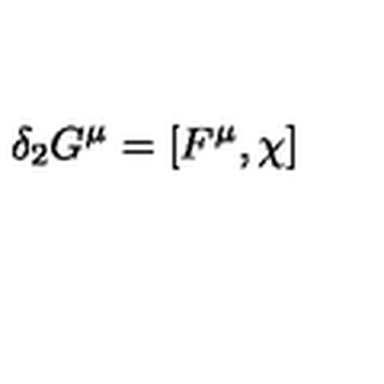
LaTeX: \delta _ { 2 } G ^ { \mu } = [ F ^ { \mu } , \chi ]